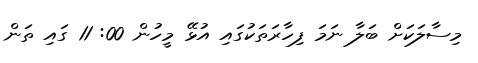
މިސާލަކަށް ބަލާ ނަމަ ފިހާރަތަކުގައި އުޅޭ މީހުން 00: 11 ގައި ތަން